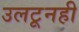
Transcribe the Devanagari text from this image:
उलटूनही